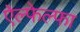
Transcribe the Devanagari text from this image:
ऐल्फेल्फा